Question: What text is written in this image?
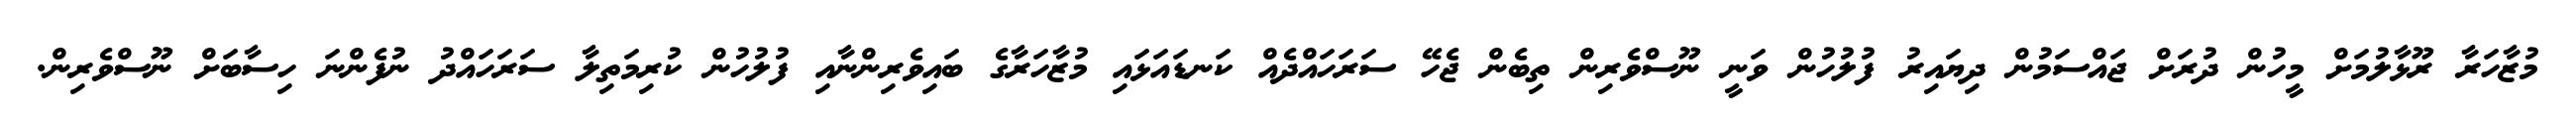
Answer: މުޒާހަރާ ރޫޅާލުމަށް މީހުން ދުރަށް ޖައްސަމުން ދިޔައިރު ފުލުހުން ވަނީ ނޫސްވެރިން ތިބެން ޖެހޭ ސަރަހައްދެއް ކަނޑައަޅައި މުޒާހަރާގެ ބައިވެރިންނާއި ފުލުހުން ކުރިމަތިލާ ސަރަހައްދު ނުފެންނަ ހިސާބަށް ނޫސްވެރިން.